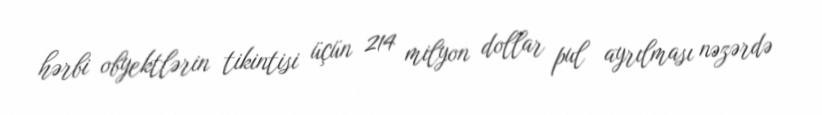
hərbi obyektlərin tikintisi üçün 214 milyon dollar pul ayrılması nəzərdə